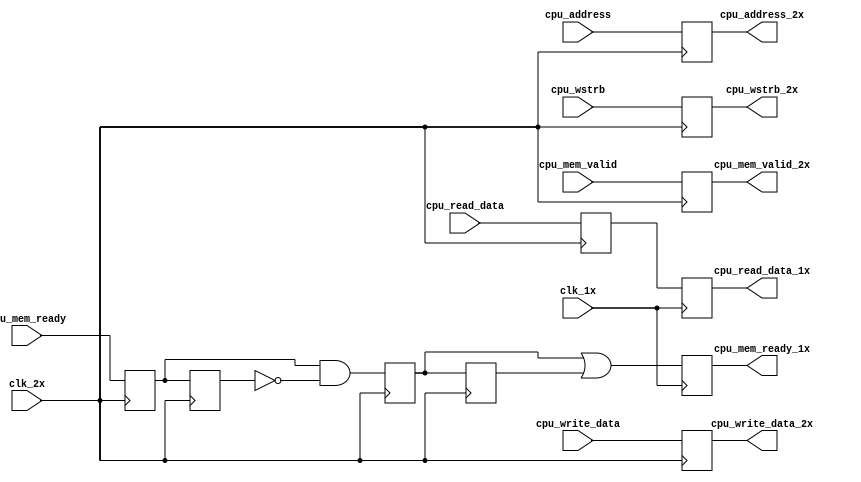
// This program was cloned from: https://github.com/dan-rodrigues/icestation-32
// License: MIT License

// cpu_peripheral_sync.v
//
// Copyright (C) 2020 Dan Rodrigues <danrr.gh.oss@gmail.com>
//
// SPDX-License-Identifier: MIT

`default_nettype none

module cpu_peripheral_sync(
    input clk_1x,
    input clk_2x,

    // 1x inputs
    input [3:0] cpu_wstrb,
    input [31:0] cpu_address,
    input [31:0] cpu_write_data,
    input cpu_mem_valid,

    // 2x inputs
    input cpu_mem_ready,
    input [31:0] cpu_read_data,

    output reg [3:0] cpu_wstrb_2x,
    output reg [31:0] cpu_write_data_2x,
    output reg [31:0] cpu_address_2x,
    output reg cpu_mem_valid_2x,

    output reg cpu_mem_ready_1x,
    output reg [31:0] cpu_read_data_1x
);

    // --- 1x -> 2x ---

    always @(negedge clk_2x) begin
        cpu_write_data_2x <= cpu_write_data;
        cpu_address_2x <= cpu_address;
        cpu_wstrb_2x <= cpu_wstrb;
        cpu_mem_valid_2x <= cpu_mem_valid;
    end

    // --- 2x -> 1x ---

    reg [31:0] cpu_read_data_r;
    reg cpu_mem_ready_r, cpu_mem_ready_d;

    reg cpu_mem_ready_rose, cpu_mem_ready_rose_r;

    always @(negedge clk_2x) begin
        cpu_read_data_r <= cpu_read_data;

        cpu_mem_ready_r <= cpu_mem_ready;
        cpu_mem_ready_d <= cpu_mem_ready_r;
        cpu_mem_ready_rose <= cpu_mem_ready_r && !cpu_mem_ready_d;
        cpu_mem_ready_rose_r <= cpu_mem_ready_rose;
    end

    // eliminating this stage causes problems
    // negedge 2x clk -> posedge 1x clk gives these signals half a 2x clk cycle to propagate through CPU

    always @(posedge clk_1x) begin
        cpu_read_data_1x <= cpu_read_data_r;
        cpu_mem_ready_1x <= cpu_mem_ready_rose || cpu_mem_ready_rose_r;
    end

endmodule